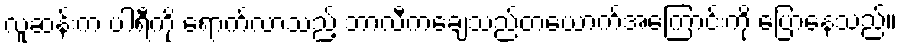
လူဆန်းက ပါရီကို ရောက်လာသည့် ဘာလီကချေသည်တယောက်အကြောင်းကို ပြောနေသည်။